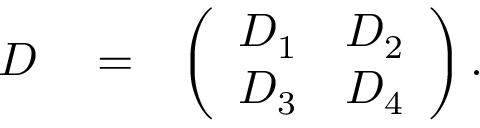
\begin{array} { r l r } { D } & { { } = } & { \left( \begin{array} { l l } { D _ { 1 } } & { D _ { 2 } } \\ { D _ { 3 } } & { D _ { 4 } } \end{array} \right) . } \end{array}